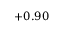
+ 0 . 9 0